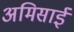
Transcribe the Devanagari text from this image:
अमिसाई